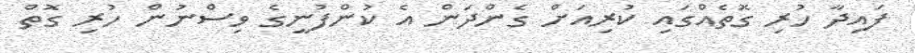
ފައިދާ ހުރި ގޮތެއްގައި ކުރިއަށް ގެންދަން އެ ކުންފުނީގެ ވިސްނުން ހުރި ގޮތް